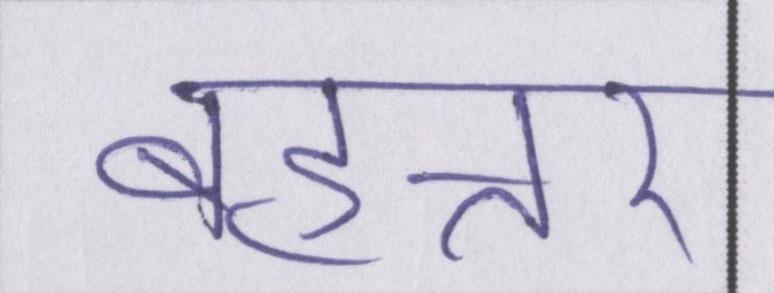
बहत्तर